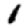
Digit: 1